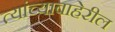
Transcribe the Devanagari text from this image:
त्यांच्याबाहेरील